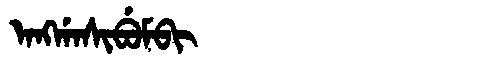
Manchu: ᠠᠩᡤᠠᠰᡳᠪᡠᠮᠪᡳ
Romanization: ANGGASIBUMBI